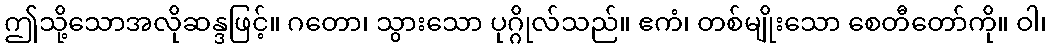
ဤသို့သောအလိုဆန္ဒဖြင့်။ ဂတော၊ သွားသော ပုဂ္ဂိုလ်သည်။ ဧကံ၊ တစ်မျိုးသော စေတီတော်ကို။ ဝါ၊